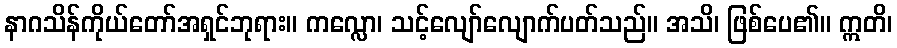
နာဂသိန်ကိုယ်တော်အရှင်ဘုရား။ ကလ္လော၊ သင့်လျော်လျောက်ပတ်သည်။ အသိ၊ ဖြစ်ပေ၏။ ဣတိ၊